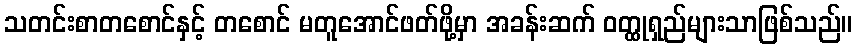
သတင်းစာတစောင်နှင့် တစောင် မတူအောင်ဖတ်ဖို့မှာ အခန်းဆက် ဝတ္ထုရှည်များသာဖြစ်သည်။